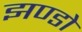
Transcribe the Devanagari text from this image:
झण्डो